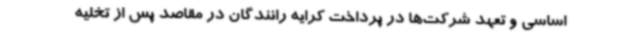
اساسی و تعهد شرکت‌ها در پرداخت کرایه رانندگان در مقاصد پس از تخلیه